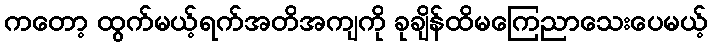
ကတော့ ထွက်မယ့်ရက်အတိအကျကို ခုချိန်ထိမကြေညာသေးပေမယ့်